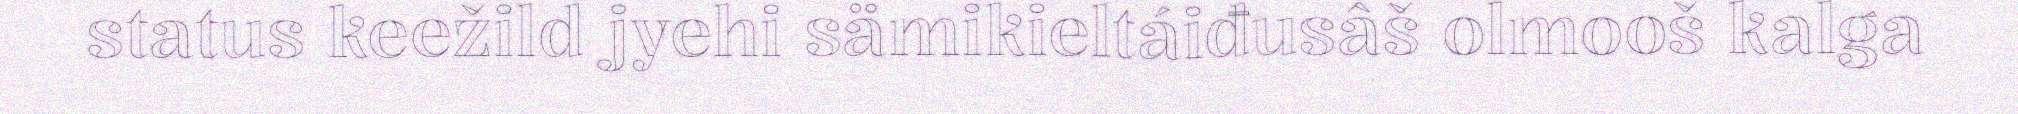
status keežild jyehi sämikieltáiđusâš olmooš kalga